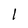
Character: l